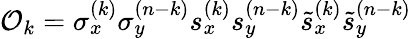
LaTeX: {\cal O}_{k}=\sigma_{x}^{(k)}\sigma_{y}^{(n-k)}s_{x}^{(k)}s_{y}^{(n-k)}\tilde{s}_{x}^{(k)}\tilde{s}_{y}^{(n-k)}